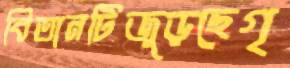
বিতানটিজুড়ছেগৃ